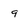
Character: 9